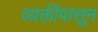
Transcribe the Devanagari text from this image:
व्यक्तींपासून